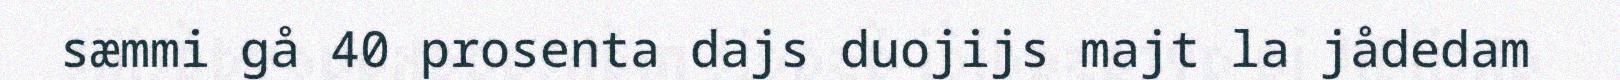
sæmmi gå 40 prosenta dajs duojijs majt la jådedam